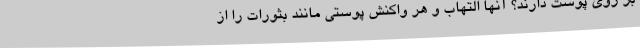
بر روی پوست دارند؟ آنها التهاب و هر واکنش پوستی مانند بثورات را از